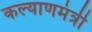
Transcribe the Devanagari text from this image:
कल्याणमंत्री